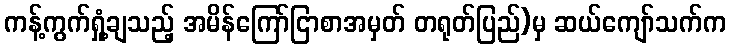
ကန့်ကွက်ရှုံ့ချသည့် အမိန်ကြော်ငြာစာအမှတ် တရုတ်ပြည်)မှ ဆယ်ကျော်သက်က